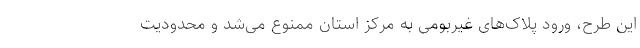
این طرح، ورود پلاک‌های غیربومی به مرکز استان ممنوع می‌شد و محدودیت